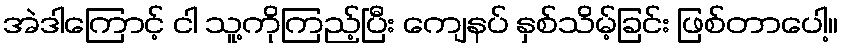
အဲဒါကြောင့် ငါ သူ့ကိုကြည့်ပြီး ကျေနပ် နှစ်သိမ့်ခြင်း ဖြစ်တာပေါ့။